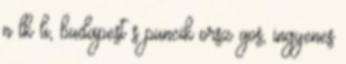
n lk li, budapest s puncik orsz gos, ingyenes